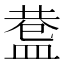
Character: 𥂅